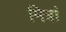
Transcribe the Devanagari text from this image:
मित्रां